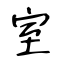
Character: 室